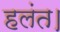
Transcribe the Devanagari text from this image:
हलंत।